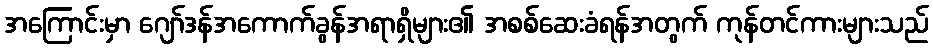
အကြောင်းမှာ ဂျော်ဒန်အကောက်ခွန်အရာရှိများ၏ အစစ်ဆေးခံရန်အတွက် ကုန်တင်ကားများသည်